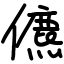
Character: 儦